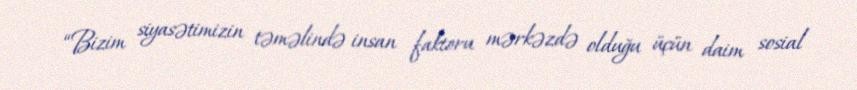
“Bizim siyasətimizin təməlində insan faktoru mərkəzdə olduğu üçün daim sosial